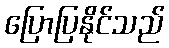
ပြောပြနိုင်သည်